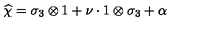
\widehat { \chi } = \sigma _ { 3 } \otimes 1 + \nu \cdot 1 \otimes \sigma _ { 3 } + \alpha